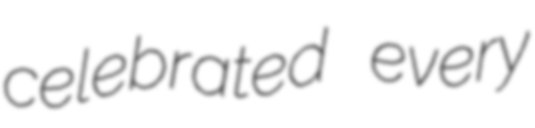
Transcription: celebrated every